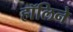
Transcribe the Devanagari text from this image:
हॉलिने